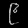
Digit: ၉